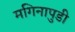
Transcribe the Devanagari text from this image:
मगिनापुडी